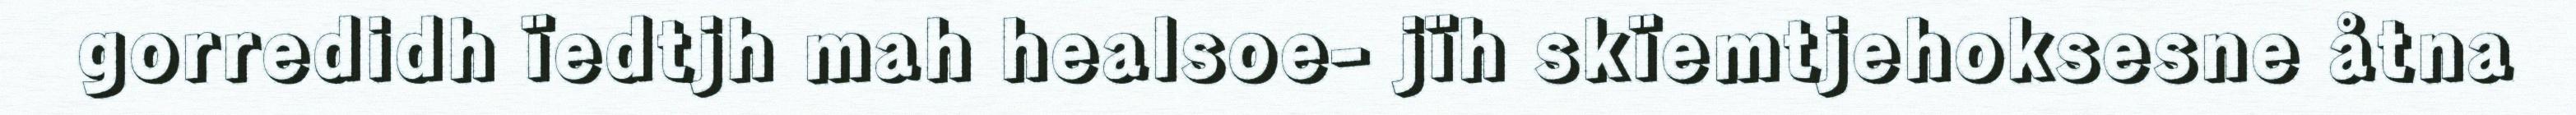
gorredidh ïedtjh mah healsoe- jïh skïemtjehoksesne åtna